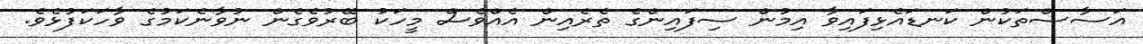
އަސާސްތަކުން ކަނޑައެޅިފައިވާ އިމުން ސިފައިންގެ ތެރެއިން އެއްވެސް މީހަކު ބޭރުވެގެން ނުވާނެކަމުގެ ވާހަކަފުޅެވެ.